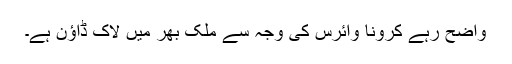
واضح رہے کرونا وائرس کی وجہ سے ملک بھر میں لاک ڈاؤن ہے۔